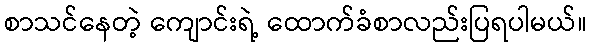
စာသင်နေတဲ့ ကျောင်းရဲ့ ထောက်ခံစာလည်းပြရပါမယ်။